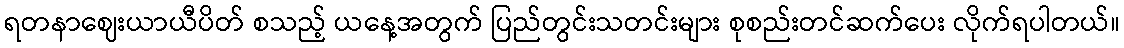
ရတနာဈေးယာယီပိတ် စသည့် ယနေ့အတွက် ပြည်တွင်းသတင်းများ စုစည်းတင်ဆက်ပေး လိုက်ရပါတယ်။